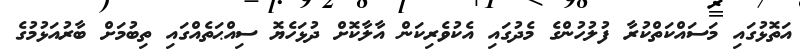
އަތޮޅުގައި މަސައްކަތްކުރާ ފުލުހުންގެ މެދުގައި އެކުވެރިކަން އާލާކޮށް ދުޅަހެޔޮ ސިއްޙަތެއްގައި ތިބުމަށް ބާރުއަޅުމުގެ